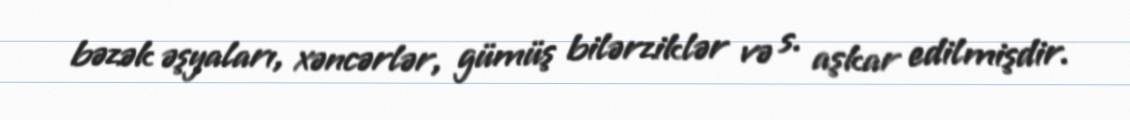
bəzək əşyaları, xəncərlər, gümüş bilərziklər və s. aşkar edilmişdir.